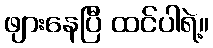
ဖျားနေပြီ ထင်ပါရဲ့။